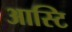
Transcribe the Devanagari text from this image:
आस्टि